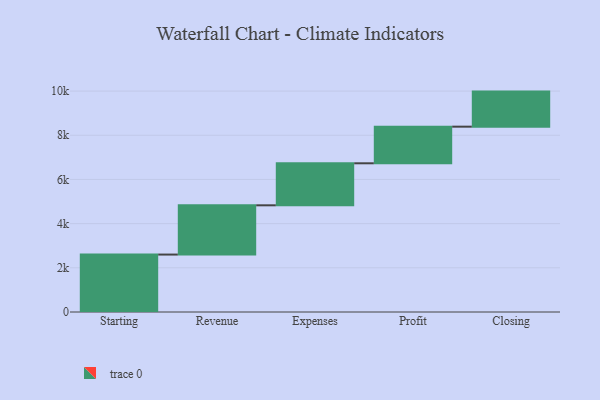
{"axis": {"x": "Step", "y": "Value"}, "legend": [""], "data": [{"x": "Starting", "y": 2600.0, "type": ""}, {"x": "Revenue", "y": 2229.0, "type": ""}, {"x": "Expenses", "y": 1902.0, "type": ""}, {"x": "Profit", "y": 1658.0, "type": ""}, {"x": "Closing", "y": 1587.0, "type": ""}]}